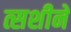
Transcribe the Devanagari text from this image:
त्सशीने